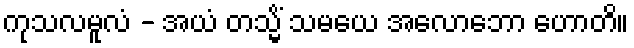
ကုသလမူလံ - အယံ တသ္မိံ သမယေ အလောဘော ဟောတိ။